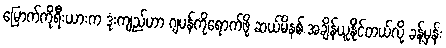
မြောက်ကိုရီးယားက ဒုံးကျည်ဟာ ဂျပန်ကိုရောက်ဖို့ ဆယ်မိနစ် အချိန်ယူနိုင်တယ်လို့ ခန့်မှန်း